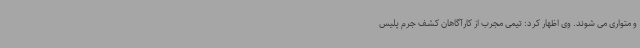
و متواری می شوند. وی اظهار کرد: تیمی مجرب از کارآگاهان کشف جرم پلیس